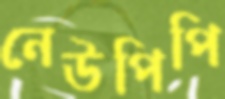
নেউপিপি